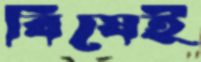
বিষেই